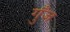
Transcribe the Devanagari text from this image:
गुँज